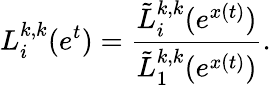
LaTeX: L_{i}^{k,k}(e^{t})=\frac{\tilde{L}_{i}^{k,k}(e^{x(t)})}{\tilde{L}_{1}^{k,k}(e^{x(t)})}.